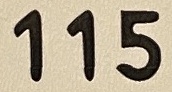
115